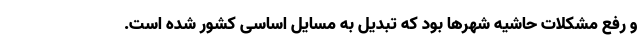
و رفع مشکلات حاشیه شهرها بود که تبدیل به مسایل اساسی کشور شده است.